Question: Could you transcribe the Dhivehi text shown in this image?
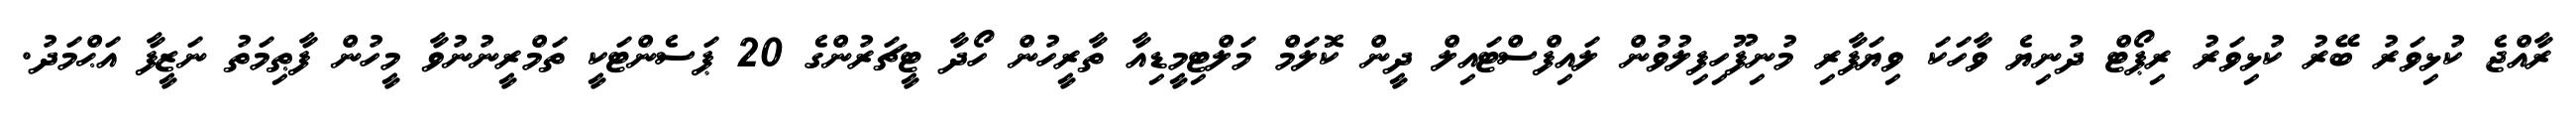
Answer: ރާއްޖެ ކުޅިވަރު ބޭރު ކުޅިވަރު ރިޕޯޓް ދުނިޔެ ވާހަކަ ވިޔަފާރި މުނިފޫހިފިލުވުން ލައިފްސްޓައިލް ދީން ކޮލަމް މަލްޓިމީޑިއާ ތާރީހުން ހޯދާ ޓީޗަރުންގެ 20 ޕަސެންޓަކީ ތަމްރީނުނުވާ މީހުން ފާޠިމަތު ނަޒީފާ އަޙްމަދު.